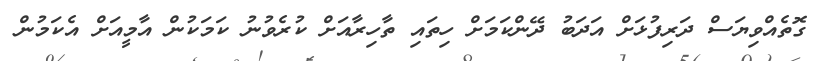
ގޮތެއްވިޔަސް ދަރިފުޅަށް އަދަބު ދޭންކަމަށް ހިތައި ތާހިރާއަށް ކުރެވުނު ކަމަކުން އާމީއަށް އެކަމުން